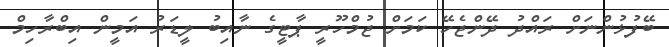
ބޭފުޅުންނަށް ރައްދު ދޭންޖެހޭ ކަމަށް ޖުމްހޫރީ ޕާޓީގެ ނާއިބު ލީޑަރު އަމީން އިބްރާހިމް